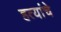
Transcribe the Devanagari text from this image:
हत्यांचे